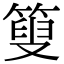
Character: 𥰞